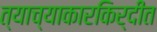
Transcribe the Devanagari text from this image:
त्याच्याकारकिर्दीत